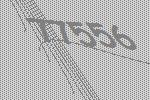
77556